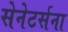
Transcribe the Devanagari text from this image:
सेनेटर्सना